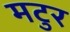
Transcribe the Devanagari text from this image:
मटुर